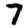
Digit: 7